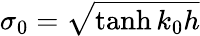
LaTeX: \sigma_{0}=\sqrt{\operatorname{tanh}k_{0}h}